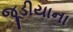
જૂડીયાના